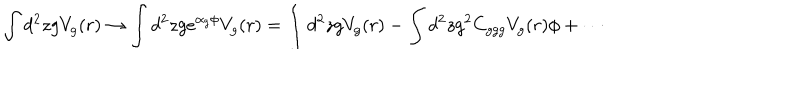
\int d ^ { 2 } z g V _ { g } ( r ) \to \int d ^ { 2 } z g e ^ { \alpha _ { g } \phi } V _ { g } ( r ) = \int d ^ { 2 } z g V _ { g } ( r ) - \int d ^ { 2 } z g ^ { 2 } C _ { g g g } V _ { g } ( r ) \phi + \cdots